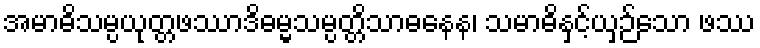
အမာဓိသမ္ပယုတ္တဖဿာဒိဓမ္မသမ္ပတ္တိသာဓနေန၊ သမာဓိနှင့်ယှဉ်သော ဖဿ